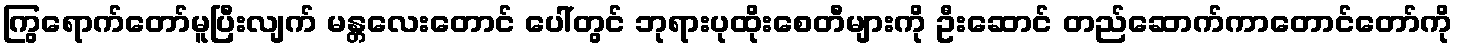
ကြွရောက်တော်မူပြီးလျက် မန္တလေးတောင် ပေါ်တွင် ဘုရားပုထိုးစေတီများကို ဦးဆောင် တည်ဆောက်ကာတောင်တော်ကို